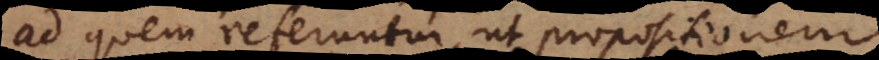
ad quem referuntur, ut propositionem